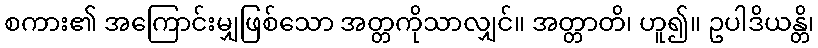
စကား၏ အကြောင်းမျှဖြစ်သော အတ္တကိုသာလျှင်။ အတ္တာတိ၊ ဟူ၍။ ဥပါဒိယန္တိ၊